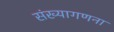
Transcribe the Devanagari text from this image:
संख्यागणना